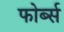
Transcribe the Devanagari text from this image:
फोर्ब्स